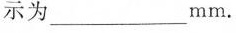
示为_______mm。